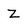
Character: Z